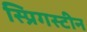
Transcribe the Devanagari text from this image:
स्प्रिगस्टीन